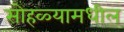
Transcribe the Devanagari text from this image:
सोहळ्यामधील